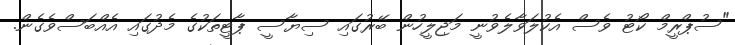
"ސުޕްރީމް ކޯޓު ވެސް އެކުލަވާލެވުނީ މަޖިލީހުން ބޭރުގައި ސިޔާސީ ޕާޓީތަކުގެ މެދުގައި އެއްބަސްވެގެން.